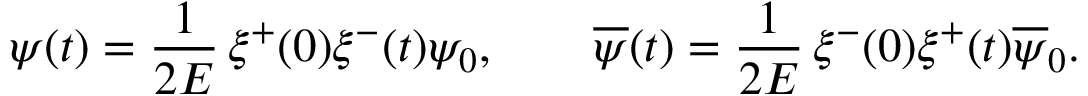
\psi ( t ) = \frac { 1 } { 2 E } \, \xi ^ { + } ( 0 ) \xi ^ { - } ( t ) \psi _ { 0 } , \qquad \overline { { { \psi } } } ( t ) = \frac { 1 } { 2 E } \, \xi ^ { - } ( 0 ) \xi ^ { + } ( t ) \overline { { { \psi } } } _ { 0 } .